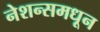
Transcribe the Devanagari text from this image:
नेशन्समधून